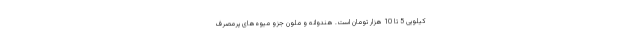
کیلویی 5 تا 10 هزار تومان است. هندوانه و ملون جزو میوه‌های پرمصرف